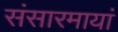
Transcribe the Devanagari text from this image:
संसारमायां